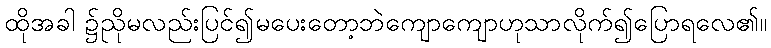
ထိုအခါ ၌ညိုမလည်းပြင်၍မပေးတော့ဘဲကျောကျောဟုသာလိုက်၍ပြောရလေ၏။